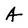
Character: A